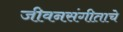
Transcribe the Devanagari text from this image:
जीवनसंगीताचे